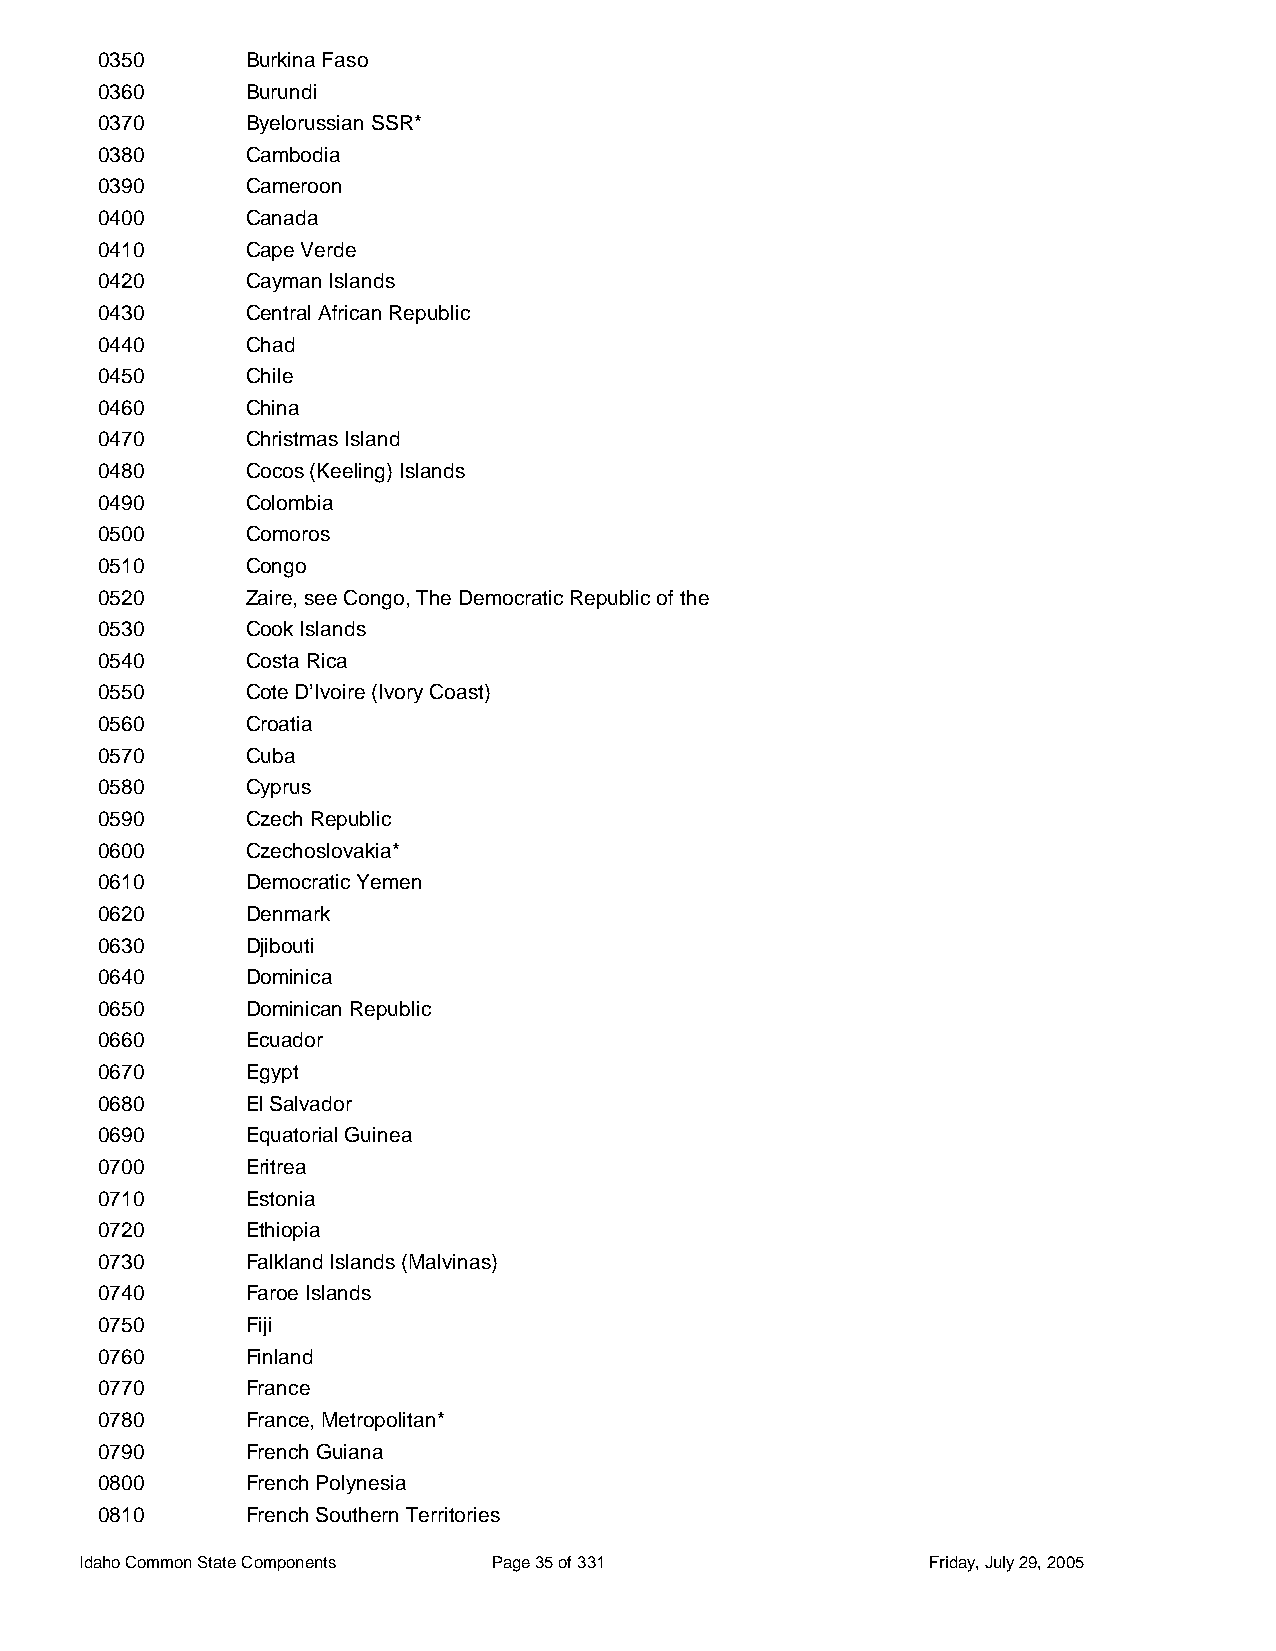
0350      Burkina Faso
 0360      Burundi
 0370      Byelorussian SSR*
 0380      Cambodia
 0390      Cameroon
 0400      Canada
 0410      Cape Verde
 0420      Cayman Islands
 0430      Central African Republic
 0440      Chad
 0450      Chile
 0460      China
 0470      Christmas Island
 0480      Cocos (Keeling) Islands
 0490      Colombia
 0500      Comoros
 0510      Congo
 0520      Zaire, see Congo, The Democratic Republic of the
 0530      Cook Islands
 0540      Costa Rica
 0550      Cote D’Ivoire (Ivory Coast)
 0560      Croatia
 0570      Cuba
 0580      Cyprus
 0590      Czech Republic
 0600      Czechoslovakia*
 0610      Democratic Yemen
 0620      Denmark
 0630      Djibouti
 0640      Dominica
 0650      Dominican Republic
 0660      Ecuador
 0670      Egypt
 0680      El Salvador
 0690      Equatorial Guinea
 0700      Eritrea
 0710      Estonia
 0720      Ethiopia
 0730      Falkland Islands (Malvinas)
 0740      Faroe Islands
 0750      Fiji
 0760      Finland
 0770      France
 0780      France, Metropolitan*
 0790      French Guiana
 0800      French Polynesia
 0810      French Southern Territories
 Idaho Common State Components Page 35 of 331            Friday, July 29, 2005